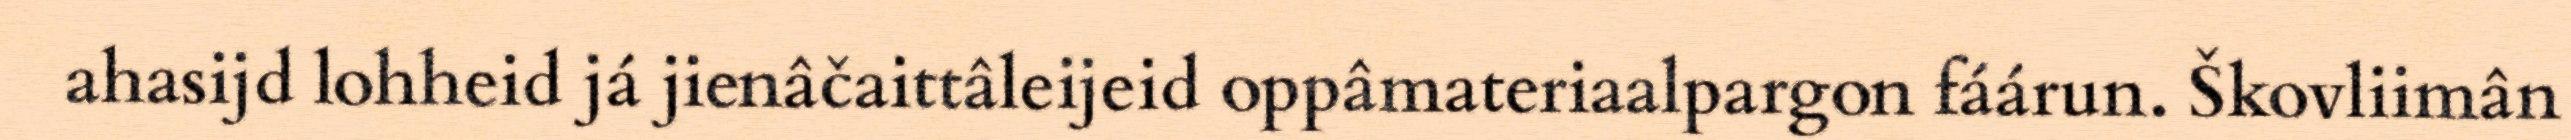
ahasijd lohheid já jienâčaittâleijeid oppâmateriaalpargon fáárun. Škovliimân